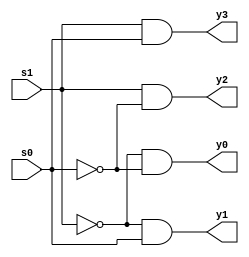
module decode2_4(y0, y1, y2, y3, s0, s1);
 output y0, y1, y2, y3;
 input s0, s1;
 
 wire s1n, s0n;
 
 not n1(s1n, s1);
 not n2(s0n, s0);
 and a0(y0, s1n, s0n);
 and a1(y1, s1n, s0);
 and a2(y2, s1, s0n);
 and a3(y3, s1, s0);
endmodule